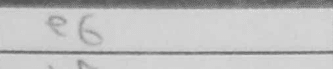
Transcription: e6